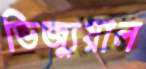
ভিজ্যুয়াল